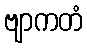
ဗျာကတံ